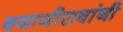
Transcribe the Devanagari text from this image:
बजाजीरावांनी